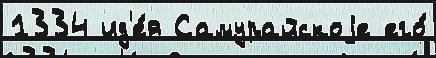
1334 ид'е́я Самурайскоjе его́